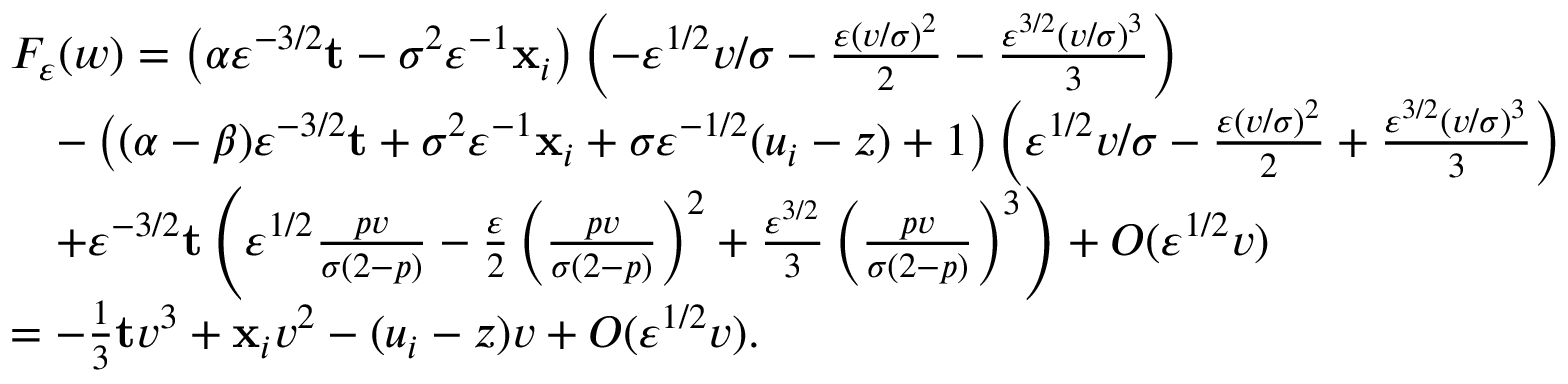
\begin{array} { r l } & { F _ { \varepsilon } ( w ) = \left( \alpha \varepsilon ^ { - 3 / 2 } \mathbf { t } - \sigma ^ { 2 } \varepsilon ^ { - 1 } \mathbf { x } _ { i } \right) \left( - \varepsilon ^ { 1 / 2 } v / \sigma - \frac { \varepsilon ( v / \sigma ) ^ { 2 } } { 2 } - \frac { \varepsilon ^ { 3 / 2 } ( v / \sigma ) ^ { 3 } } { 3 } \right) } \\ & { \quad - \left( ( \alpha - \beta ) \varepsilon ^ { - 3 / 2 } \mathbf { t } + \sigma ^ { 2 } \varepsilon ^ { - 1 } \mathbf { x } _ { i } + \sigma \varepsilon ^ { - 1 / 2 } ( u _ { i } - z ) + 1 \right) \left( \varepsilon ^ { 1 / 2 } v / \sigma - \frac { \varepsilon ( v / \sigma ) ^ { 2 } } { 2 } + \frac { \varepsilon ^ { 3 / 2 } ( v / \sigma ) ^ { 3 } } { 3 } \right) } \\ & { \quad + \varepsilon ^ { - 3 / 2 } \mathbf { t } \left( \varepsilon ^ { 1 / 2 } \frac { p v } { \sigma ( 2 - p ) } - \frac { \varepsilon } { 2 } \left( \frac { p v } { \sigma ( 2 - p ) } \right) ^ { 2 } + \frac { \varepsilon ^ { 3 / 2 } } { 3 } \left( \frac { p v } { \sigma ( 2 - p ) } \right) ^ { 3 } \right) + O ( \varepsilon ^ { 1 / 2 } v ) } \\ & { = - \frac { 1 } { 3 } \mathbf { t } v ^ { 3 } + \mathbf { x } _ { i } v ^ { 2 } - ( u _ { i } - z ) v + O ( \varepsilon ^ { 1 / 2 } v ) . } \end{array}